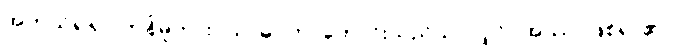
အကယ်၍ရပါကုန်မူကား။ သာဓုဝတ၊ ကောင်းသည်သာလျှင်။ အဿ၊ ဖြစ်ရာ၏။